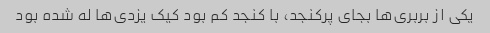
یکی از بربری‌ها بجای پرکنجد، با کنجد کم بود کیک یزدی‌ها له شده بود